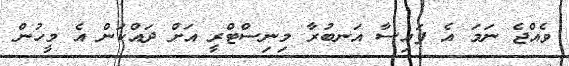
ވެއްޖެ ނަމަ އެ ފައިސާ އަނބުރާ މިނިސްޓްރީ އަށް ދައްކަން އެ މީހުން